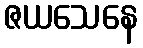
ဇယသေနေ